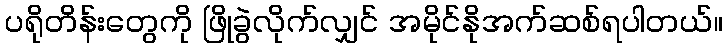
ပရိုတိန်းတွေကို ဖြိုခွဲလိုက်လျှင် အမိုင်နိုအက်ဆစ်ရပါတယ်။